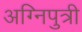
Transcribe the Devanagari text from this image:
अग्निपुत्री